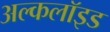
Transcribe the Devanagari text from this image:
अल्कलॉइड